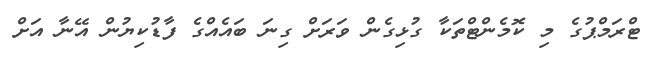
ޓްރަމްޕުގެ މި ކޮމެންޓްތަކާ ގުޅިގެން ވަރަށް ގިނަ ބައެއްގެ ފާޑުކިޔުން އޭނާ އަށް